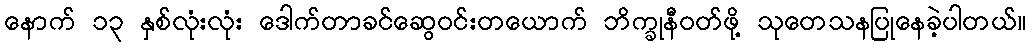
နောက် ၁၃ နှစ်လုံးလုံး ဒေါက်တာခင်ဆွေဝင်းတယောက် ဘိက္ခုနီဝတ်ဖို့ သုတေသနပြုနေခဲ့ပါတယ်။